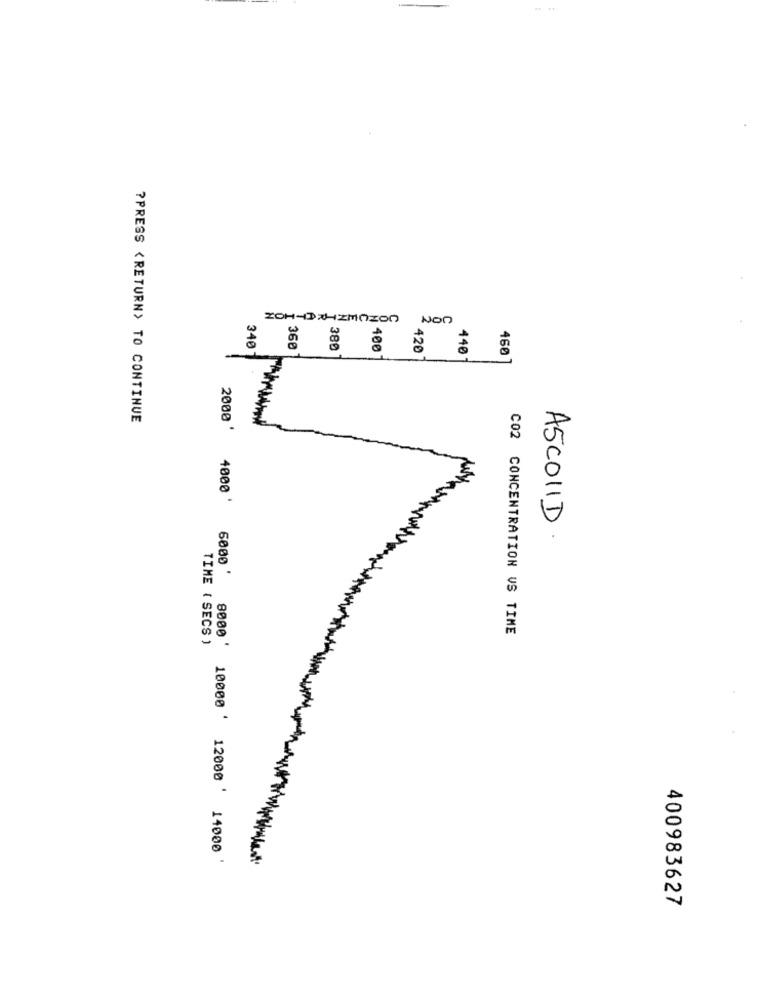
JON VOIUNIKKE-HOZ
360
340
380
400
420
440
460 ]
?PRESS <RETURN> TO CONTINUE
2000 '
4000 '
ASCOLID
6000 '
C02 CONCENTRATION VS TIME
TIME ( SECS )
8000 '
10000 ' 12000 ' 14000
400983627